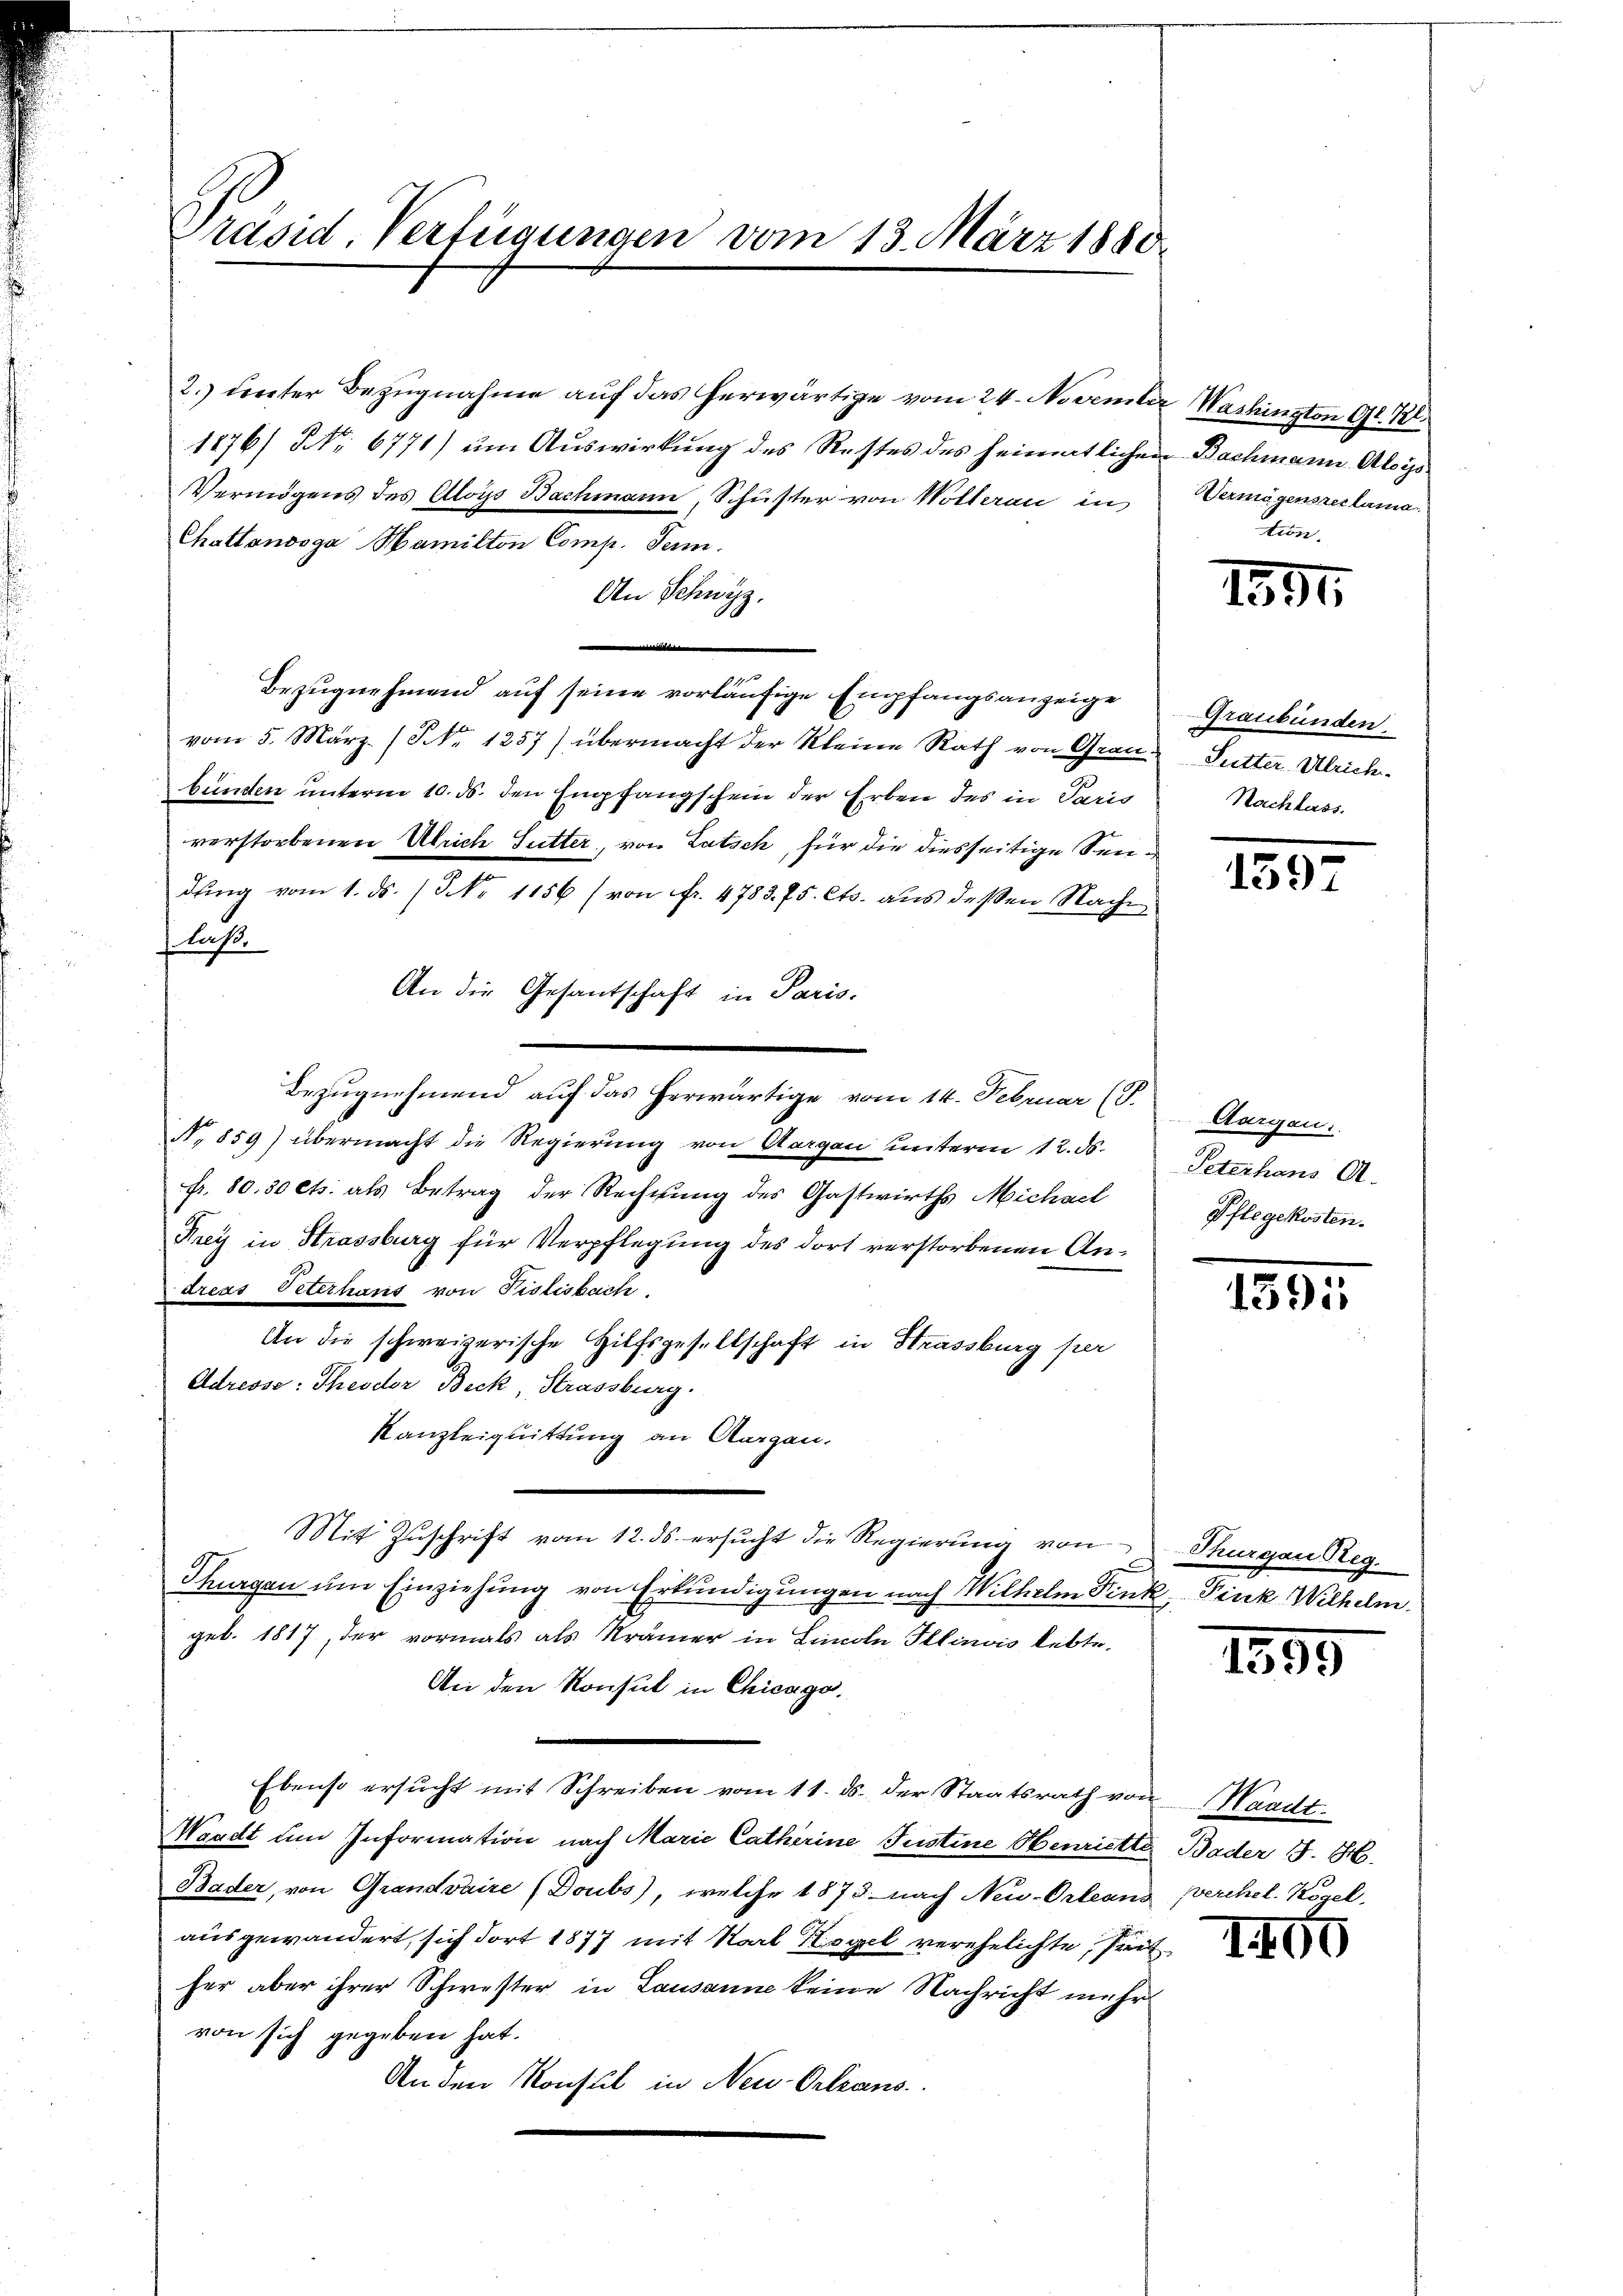
Präsid. Verfügungen vom 13. März 1880

2.) unter Bezŭgnahme aŭf das herwärtige vom 24. November Washington 91. Kl.
1876/ No. 6771) um Auswirkung des Restes des heimatliche
Vermögens des Aloys Bachmann, Schuster von Wollerau in
Chattanooga Mamilton Comp. Jenn.
An Schwyz,
Bezugnehmend auf seine vorläufige Empfangsanzeige
vom 5. März. (Nr. 1257) übermacht der kleine Rath von Grau Sutter Ulrichbünden unterm 10. ds. den Empfangschein der Erben des in Paris
verstorbenen Ulrich Sutter, von Latsch, für die diesseitige Sendŭng vom 1. ds. (Nr. 1156 (von Fr. 4783. 75. Cts. aus deßen Nach
laß.
An die Gesantschaft in Paris.
Bezugnehmend auf das herwärtige vom 14. Februar (T.
N. 859) übermacht die Regierung von Aargau unterm 12. ds.
fr. 80. 30 cts. als Betrag der Rechnung des Gastwirths Michael
Frey in Strassburg für Verpflegung des dort verstorbenen Andreas Veterhans von Pislisbach.
An die schweizerische Hilfsgesellschaft in Strassburg per
Adresse: Theodor Beck, Strassburg.
Kanzleiquittung an Aargau.
Mit Zŭschrift vom 12. ds. ersŭcht die Regierŭng von Thurgau Reg.
Thurgan um Einziehung von Erkundigungen nach Wilhelm Fink, Fink Wilhelm
geb. 1817, der vormals als Krämer in Limoln Illinois lebte,
An den Konsul in Chicago.
Ebenso ersucht mit Schreiben vom 11. ds. der Staatsrath von Waadt.
Waadt um Information nach Marie Catharine Justine Obenriette
Bader, von Grandvaire (Doubs), welche 1875 nach Neu-Orleans
ausgewandert, sich dort 1877 mit Karl Hegel verehelichte, sei
her aber ihrer Schwester in Lausanne keine Nachricht mehr
von sich gegeben hat.
An den Konsul in Neu-Orleans

Bachmann Aloys
Vermögensreclama
tion.

s

12,91

Graubünden.
Nachlass.

189.

Aargau.
Peterhaus A.
Pflegekosten.

1591

1395

Bader J. H.
verehel. Kogel.

100